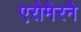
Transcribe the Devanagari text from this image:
एरोमेरने